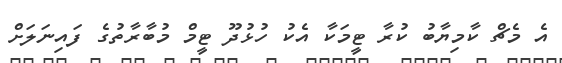
އެ މެޗް ކާމިޔާބު ކުރާ ޓީމަކާ އެކު ހުޅުދޫ ޓީމް މުބާރާތުގެ ފައިނަލަށް